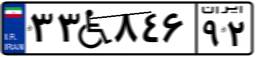
۷۰W۶۴۷۶۶